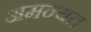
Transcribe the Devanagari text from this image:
अमन्यत